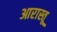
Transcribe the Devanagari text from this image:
आरास्तू